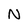
Character: N